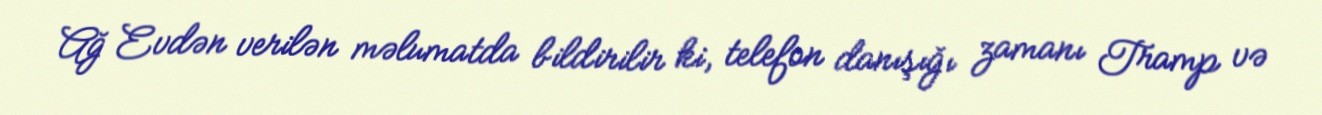
Ağ Evdən verilən məlumatda bildirilir ki, telefon danışığı zamanı Tramp və